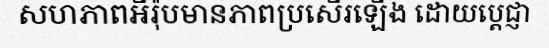
សហភាពអឺរ៉ុបមានភាពប្រសើរឡើង ដោយប្តេជ្ញា